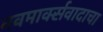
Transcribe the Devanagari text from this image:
नवमार्क्सवादाचा